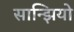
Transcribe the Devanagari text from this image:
सान्झियो